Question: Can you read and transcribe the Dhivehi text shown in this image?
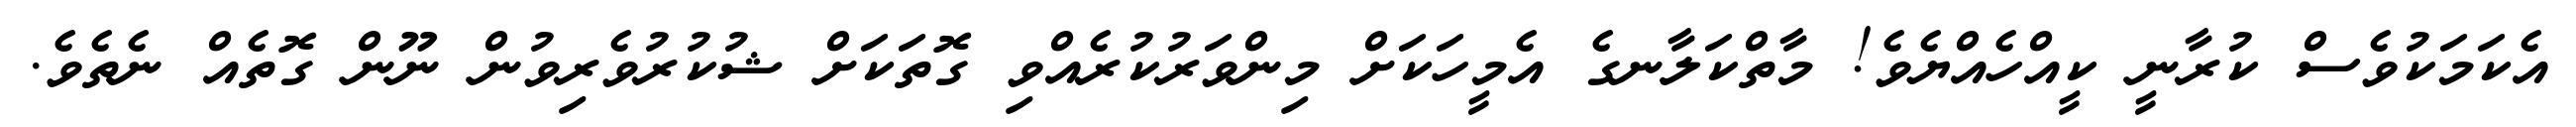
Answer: އެކަމަކުވެސް ކުރާނީ ކީއްހެއްޔެވެ! މާތްކަލާނގެ އެމީހަކަށް މިންވަރުކުރެއްވި ގޮތަކަށް ޝުކުރުވެރިވުން ނޫން ގޮތެއް ނެތެވެ.